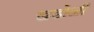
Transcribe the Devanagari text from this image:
खडोळी